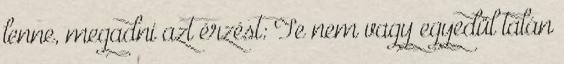
lenne, megadni azt érzést: Te nem vagy egyedül talán